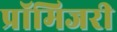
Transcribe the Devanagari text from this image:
प्रॉमिजरी